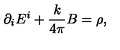
\partial _ { i } E ^ { i } + \frac { k } { 4 \pi } B = \rho ,